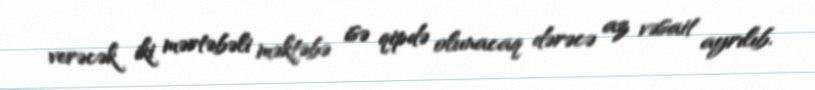
verəcək iki mərtəbəli məktəbə isə qipdə olunacaq dərəcə az vəsait ayrılıb.